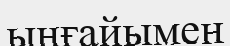
ыңғайымен